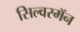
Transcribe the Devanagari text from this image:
सिल्वरमॅन